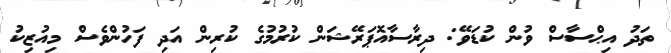
ތަދު އިޙްސާސް ވުން ކުޑަވޭ: ދިރާސާއޮޕަރޭޝަން ކުރުމުގެ ކުރިން އަދި ފަހުންވެސް މިއުޒިކު